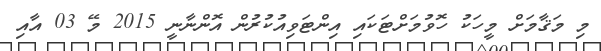
މި މަޤާމަށް މީހަކު ހޮވުމަށްޓަކައި އިންޓަވިއުކުރުން އޮންނާނީ 2015 މޭ 03 އާއި